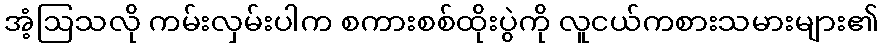
အံ့ဩသလို ကမ်းလှမ်းပါက စကားစစ်ထိုးပွဲကို လူငယ်ကစားသမားများ၏